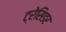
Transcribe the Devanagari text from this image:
ट्रेसिडर